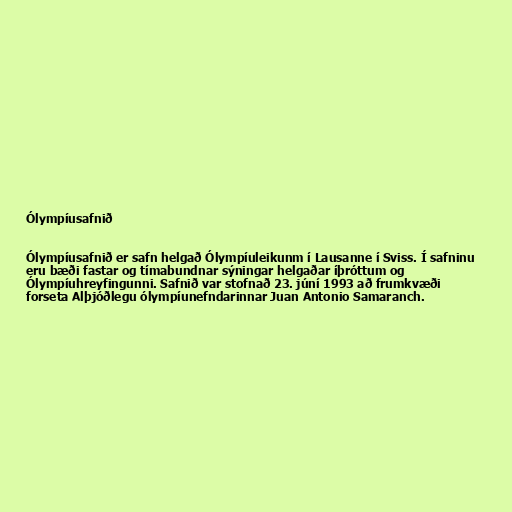
Ólympíusafnið

Ólympíusafnið er safn helgað Ólympíuleikunm í Lausanne í Sviss. Í safninu
eru bæði fastar og tímabundnar sýningar helgaðar íþróttum og
Ólympíuhreyfingunni. Safnið var stofnað 23. júní 1993 að frumkvæði
forseta Alþjóðlegu ólympíunefndarinnar Juan Antonio Samaranch.